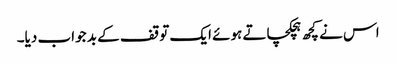
اس نے کچھ ہچکچاتے ہوئے ایک توقف کے بد جواب دیا۔